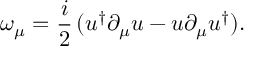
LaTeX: \omega _ { \mu } = \frac { i } { 2 } \, ( u ^ { \dag } \partial _ { \mu } u - u \partial _ { \mu } u ^ { \dag } ) .